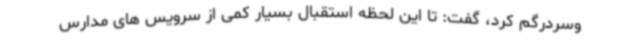
وسردرگم کرد، گفت: تا این لحظه استقبال بسیار کمی از سرویس های مدارس